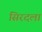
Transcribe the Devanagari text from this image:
सिरदला